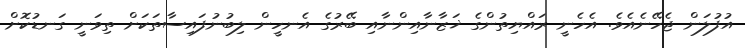
އުފުލަން ޖެހޭނެއެވެ. އެހެނީ ރައްޔިތުންގެ ޚަޒާނާއިންނާއި ބޭރުގެ އެނހީން ލިބުނުފައިސާތަކަށް ތިވަނީ ގަނޑުކޮށް